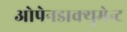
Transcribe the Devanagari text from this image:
ओपेनडाक्युमेन्ट